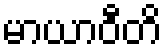
မာယာဝီတိ